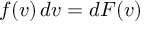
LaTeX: f ( v ) \, d v = d F ( v )